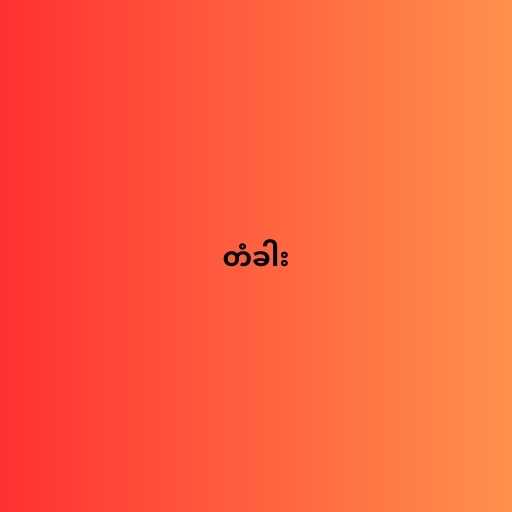
တံခါး